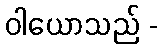
ဝါယောသည် -